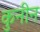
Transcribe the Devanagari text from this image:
कुनीन